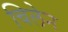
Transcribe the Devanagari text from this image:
चिलेन